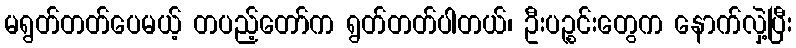
မရွတ်တတ်ပေမယ့် တပည့်တော်က ရွတ်တတ်ပါတယ်၊ ဦးပဉ္စင်းတွေက နောက်လှဲ့ပြီး